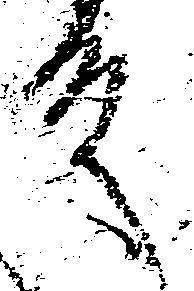
殿